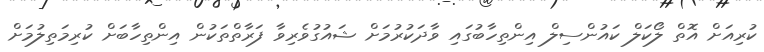
ކުރިއަށް އޮތް ލޯކަލް ކައުންސިލް އިންތިހާބުގައި ވާދަކުރުމަށް ޝައުގުވެރިވާ ފަރާތްތަކުން އިންތިހާބަށް ކުރިމަތިލުމަށް